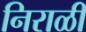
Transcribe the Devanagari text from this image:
निराळीं